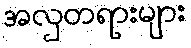
အလှတရားများ